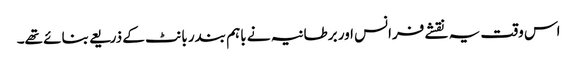
اس وقت یہ نقشے فرانس اور برطانیہ نے باہم بندر بانٹ کے ذریعے بنائے تھے۔